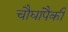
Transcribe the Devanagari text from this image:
चौघांपैकी